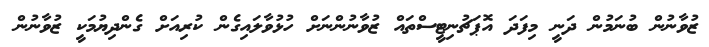
ޒުވާނުން ބުނަމުން ދަނީ މިފަދަ އޮޕަޗުނިޓީސްތައް ޒުވާނުންނަށް ހުޅުވާލައިގެން ކުރިއަށް ގެންދިޔުމަކީ ޒުވާނުން